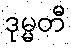
ဒုမ္မတီ